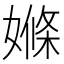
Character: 𡠊